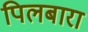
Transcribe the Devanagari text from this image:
पिलबारा